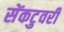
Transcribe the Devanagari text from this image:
सेंकटुवरी